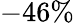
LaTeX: -46\%